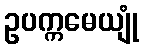
ဥပက္ကမေယျုံ